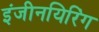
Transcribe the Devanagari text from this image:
इंजीनयिरिंग